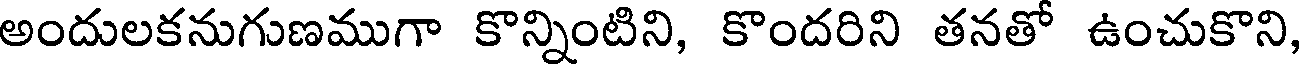
అందులకనుగుణముగా కొన్నింటిని, కొందరిని తనతో ఉంచుకొని,